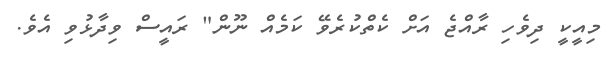
މިއީކީ ދިވެހި ރާއްޖެ އަށް ކެތްކުރެވޭ ކަމެއް ނޫން" ރައީސް ވިދާޅުވި އެވެ.